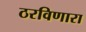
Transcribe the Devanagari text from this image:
ठरविणारा